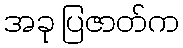
အခု ပြဇာတ်က